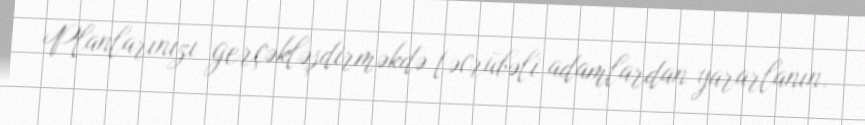
Planlarınızı gerçəkləşdirməkdə təcrübəli adamlardan yararlanın.